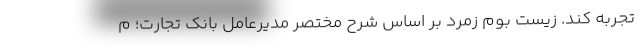
تجربه کند. زیست بوم زمرد بر اساس شرح مختصر مدیرعامل بانک تجارت؛ م